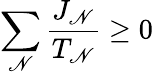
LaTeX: \sum_{\mathscr{N}}{\frac{{J_{\mathscr{N}}}}{{T_{\mathscr{N}}}}}\geq0